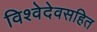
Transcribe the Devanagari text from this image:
विश्वेदेवसहित